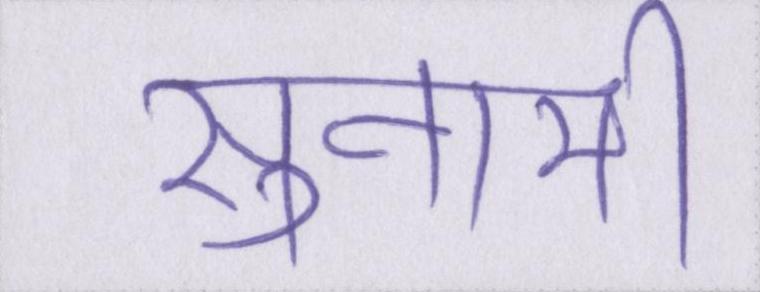
सुनामी